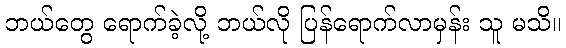
ဘယ်တွေ ရောက်ခဲ့လို့ ဘယ်လို ပြန်ရောက်လာမှန်း သူ မသိ။